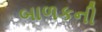
બાળકની